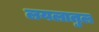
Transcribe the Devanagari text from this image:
लयलातुल